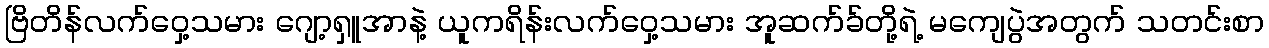
ဗြိတိန်လက်ဝှေ့သမား ဂျော့ရှူအာနဲ့ ယူကရိန်းလက်ဝှေ့သမား အူဆက်ခ်တို့ရဲ့ မကျေပွဲအတွက် သတင်းစာ